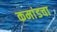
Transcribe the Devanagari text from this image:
कमांडचा